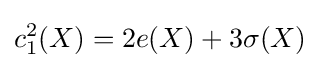
c_{1}^{2}(X)=2e(X)+3\sigma (X)